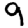
Digit: 9